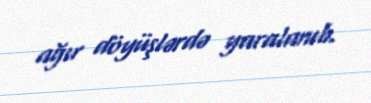
ağır döyüşlərdə yaralanıb.